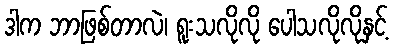
ဒါက ဘာဖြစ်တာလဲ၊ ရူးသလိုလို ပေါသလိုလိုနှင့်